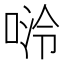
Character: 𫪬